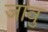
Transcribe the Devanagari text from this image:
जावु